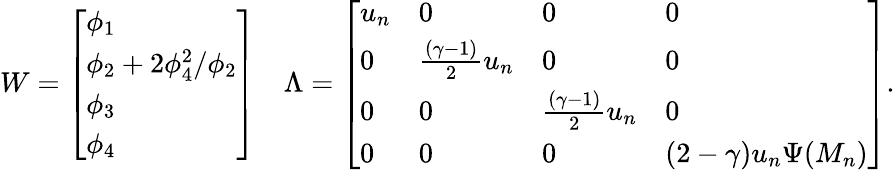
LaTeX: W=\left[\begin{array}{l}{\phi_{1}}\\ {\phi_{2}+2\phi_{4}^{2}/\phi_{2}}\\ {\phi_{3}}\\ {\phi_{4}}\end{array}\right]\quad\Lambda=\left[\begin{array}{llll}{u_{n}}&{0}&{0}&{0}\\ {0}&{\frac{(\gamma-1)}{2}u_{n}}&{0}&{0}\\ {0}&{0}&{\frac{(\gamma-1)}{2}u_{n}}&{0}\\ {0}&{0}&{0}&{(2-\gamma)u_{n}\Psi(M_{n})}\end{array}\right].